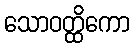
သောဝတ္ထိကော